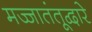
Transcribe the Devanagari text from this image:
मज्जातंतूद्वारे